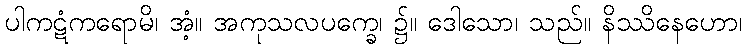
ပါကဋံကရောမိ၊ အံ့။ အကုသလပက္ခေ၊ ၌။ ဒေါသော၊ သည်။ နိဿိနေဟော၊